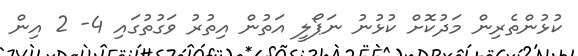
ކުޅުންތެރިން މަދުކޮށް ކުޅުނު ނަޕޯލީ އަތުން އިތުރު ވަގުތުގައި 4- 2 އިން